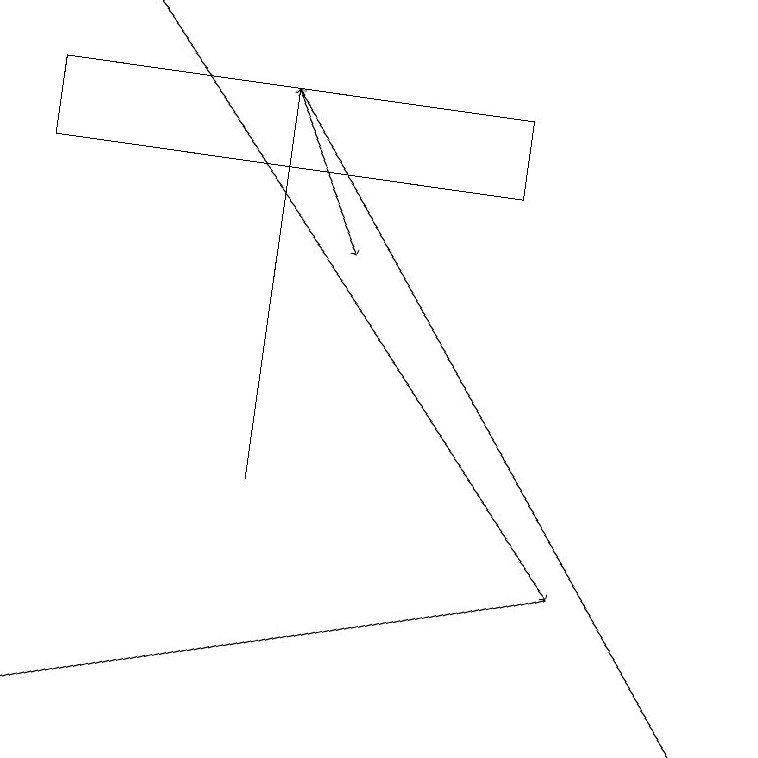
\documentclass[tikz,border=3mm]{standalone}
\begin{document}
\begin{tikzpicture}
\draw (6,18) rectangle (0,17);
\draw[->] (1,19) -- (7,12);
\draw[->] (7,12) -- (0,10);
\draw[->] (9,10) -- (3,18);
\draw[->] (3,13) -- (3,18);
\draw[->] (3,18) -- (4,16);
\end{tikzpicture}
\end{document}